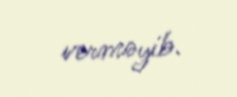
verməyib.